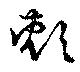
頬